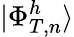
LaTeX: |\Phi_{T,n}^{h}\rangle